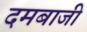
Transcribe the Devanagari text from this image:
दमबाजी